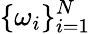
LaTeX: \{ \omega_{i}\} _{i=1}^{N}